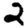
Digit: 2